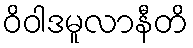
ဝိဝါဒမူလာနီတိ